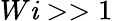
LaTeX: W\mathit{i}>>1